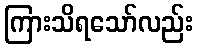
ကြားသိရသော်လည်း